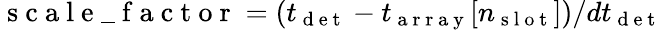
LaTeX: \mathrm{~s~c~a~l~e~\_ ~f~a~c~t~o~r~}=(t_{\mathrm{~d~e~t~}}-t_{\mathrm{~a~r~r~a~y~}}[n_{\mathrm{~s~l~o~t~}}])/dt_{\mathrm{~d~e~t~}}